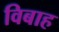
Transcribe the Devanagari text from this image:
विबाह